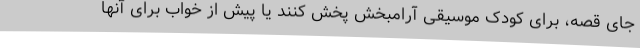
جای قصه، برای کودک موسیقی آرامبخش پخش کنند یا پیش از خواب برای آنها